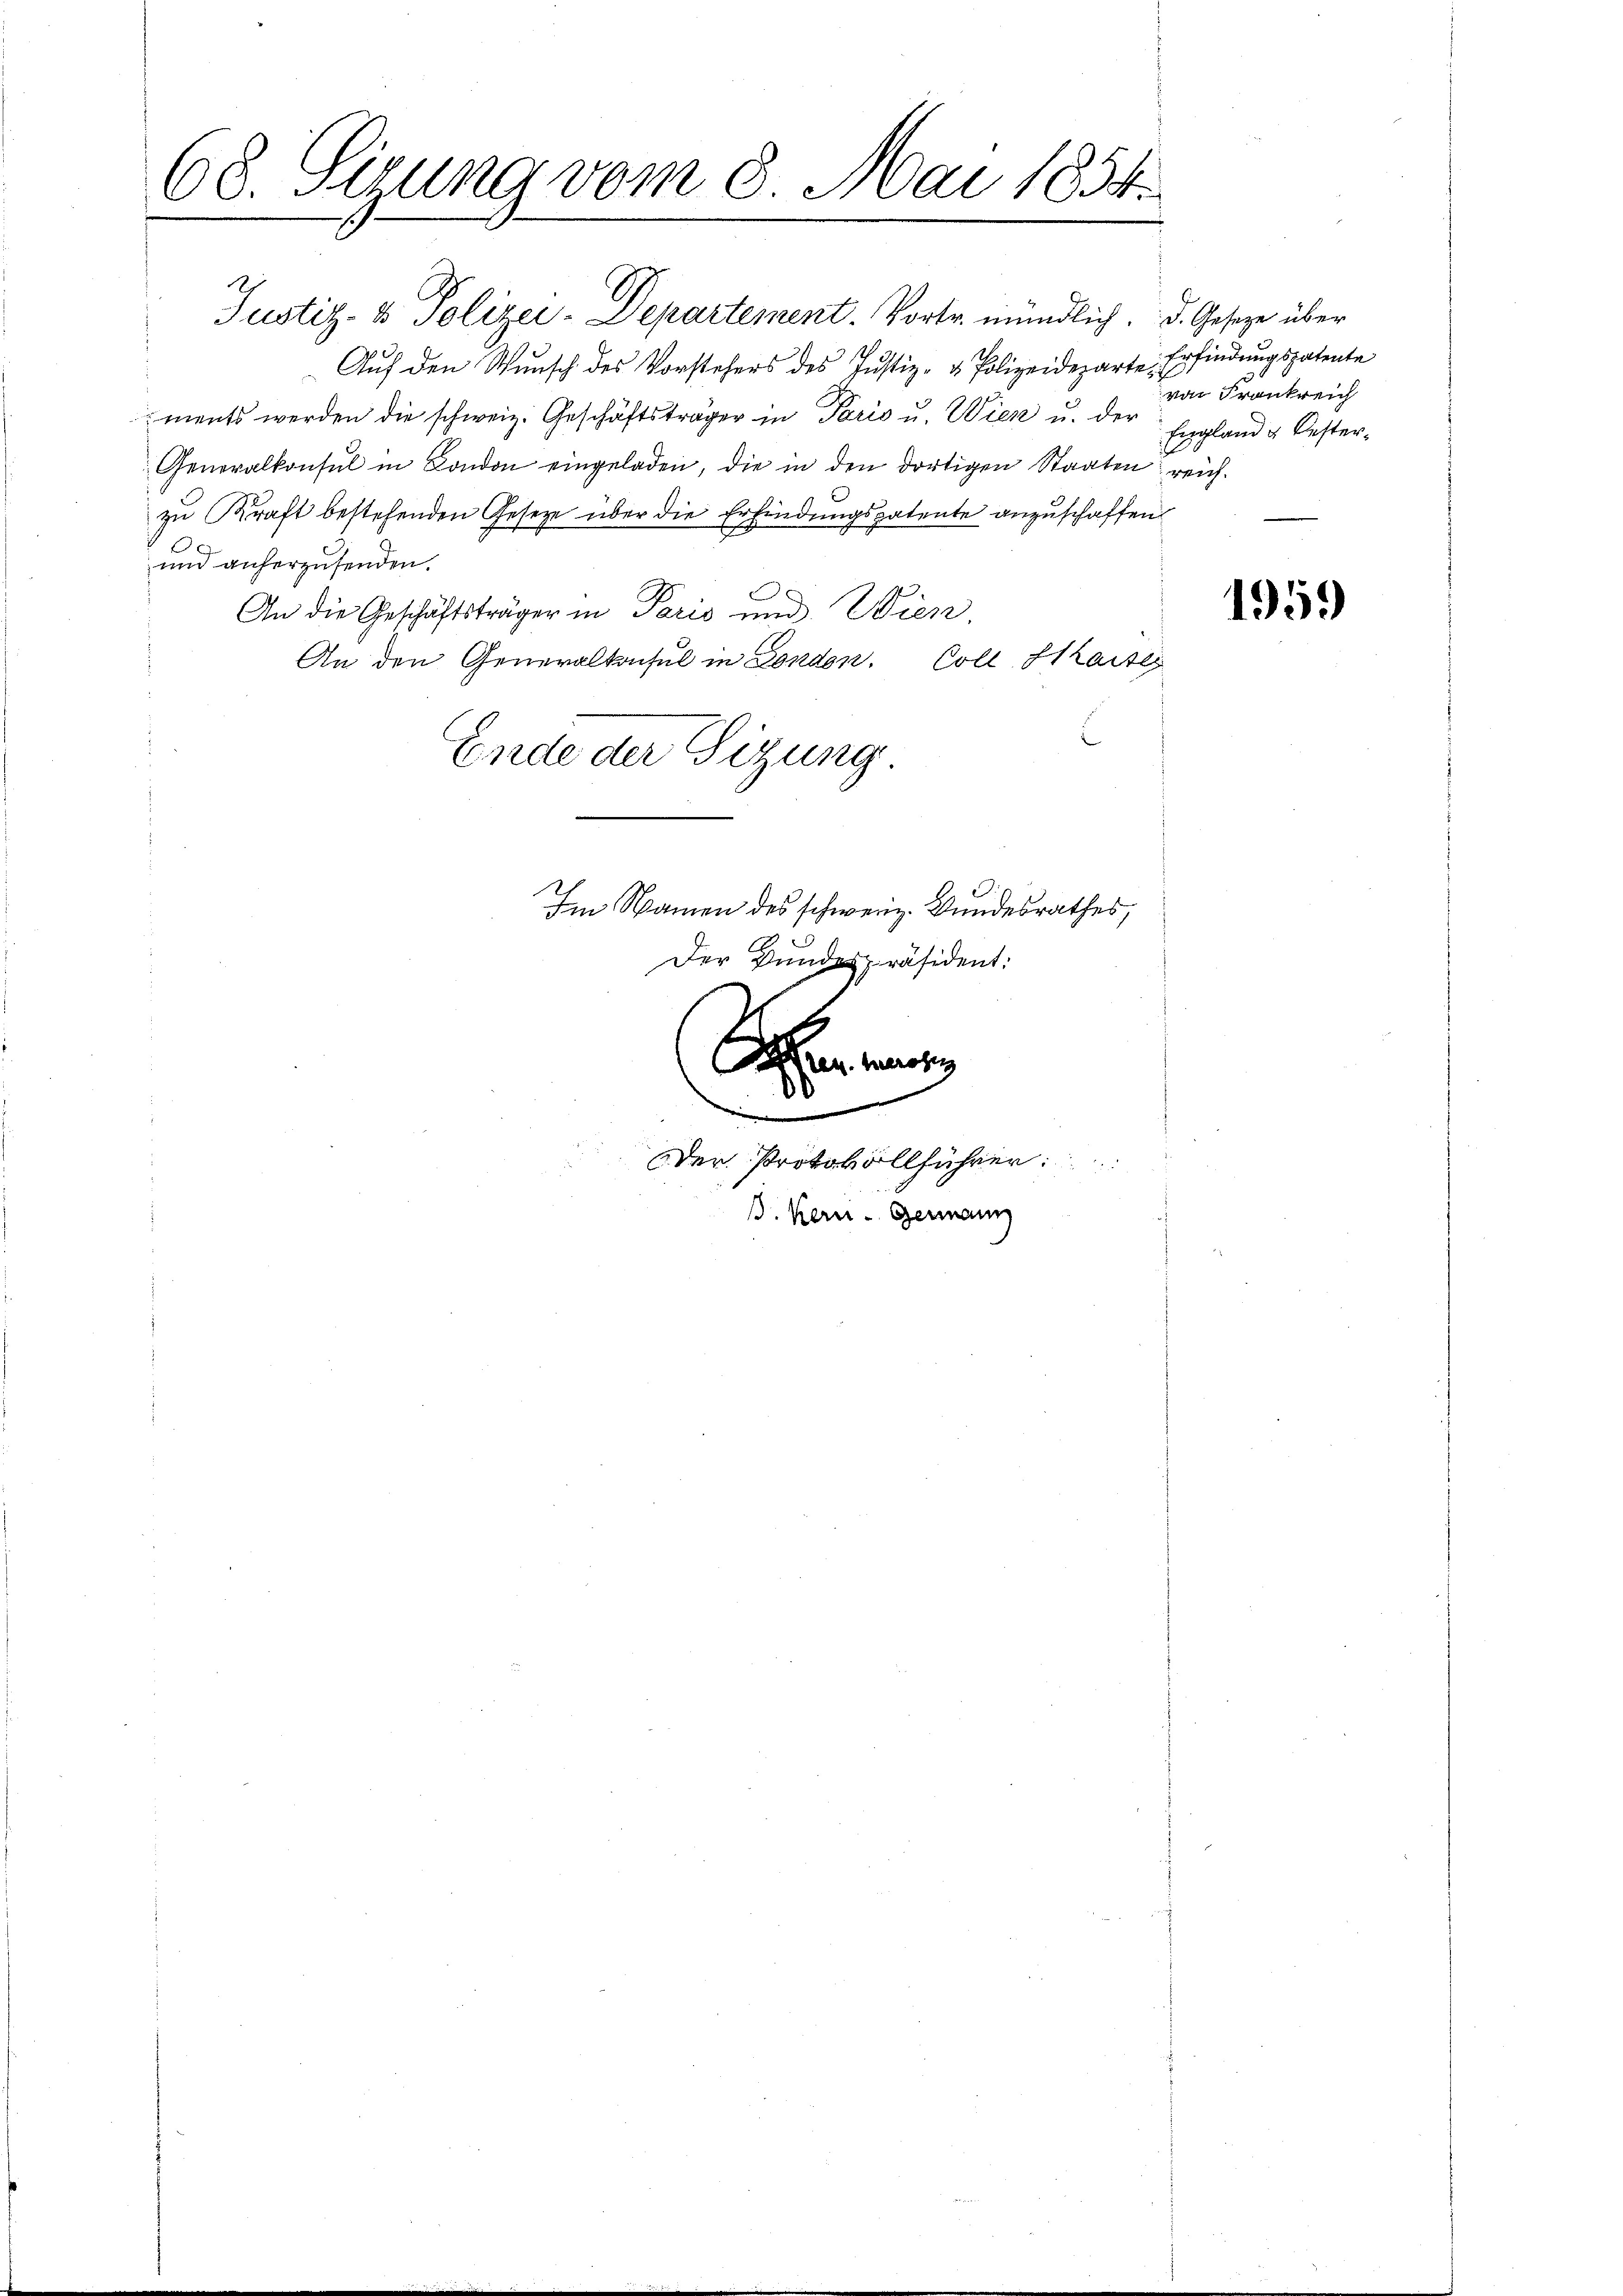
68. Sizung vom 8. Mai 1854.

Justiz- & Polizei-Departement. Vortr. mündlich. d. Gesetze über
Auf den Wunsch des Vorstehers des Justiz- & Polizeideparte
ments werden die schweiz. Geschäftsträger in Paris u. Wien u. der England & Oester-
Generalkonsul in London eingeladen, die in den dortigen Staaten reich
zu Kraft bestehenden Geseze über die Erfindungspatente anzuschaffen
und anherzusenden.
An die Geschäftsträger in Paris und Wien,
An den Generalkonsul in London. Coll. Strasse
Ende der Sitzung.

Im Namen des schweiz. Bundesrathes,
Der Bundespräsident:

n
de
Der Protokollführer:
B. Kern - Germann

Erfindungspatente
von Frankreich

1959